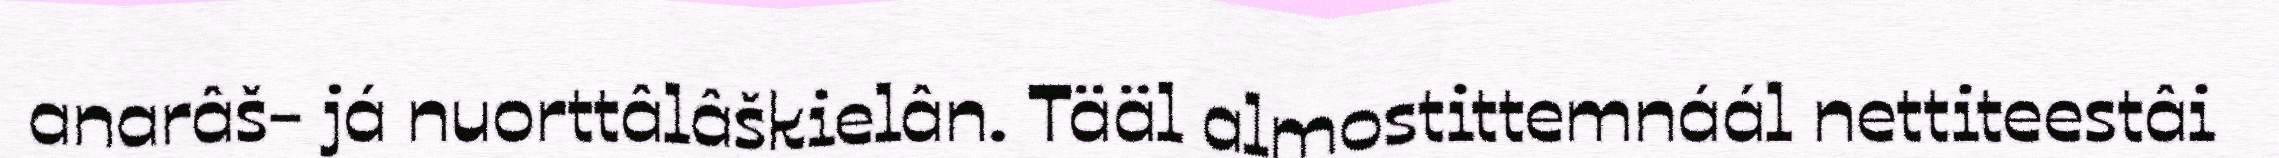
anarâš- já nuorttâlâškielân. Tääl almostittemnáál nettiteestâi